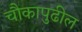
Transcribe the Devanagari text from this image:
चौकापुढील